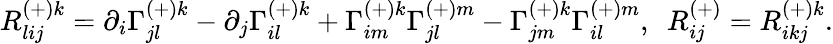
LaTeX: R_{lij}^{(+)k}=\partial_{i}\Gamma_{jl}^{(+)k}-\partial_{j}\Gamma_{il}^{(+)k}+\Gamma_{im}^{(+)k}\Gamma_{jl}^{(+)m}-\Gamma_{jm}^{(+)k}\Gamma_{il}^{(+)m},\ \ R_{ij}^{(+)}=R_{ikj}^{(+)k}.